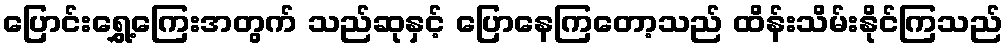
ပြောင်းရွှေ့ကြေးအတွက် သည်ဆုနှင့် ပြောနေကြတော့သည် ထိန်းသိမ်းနိုင်ကြသည်